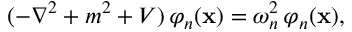
( - \nabla ^ { 2 } + m ^ { 2 } + V ) \, \varphi _ { n } ( { \bf x } ) = \omega _ { n } ^ { 2 } \, \varphi _ { n } ( { \bf x } ) ,